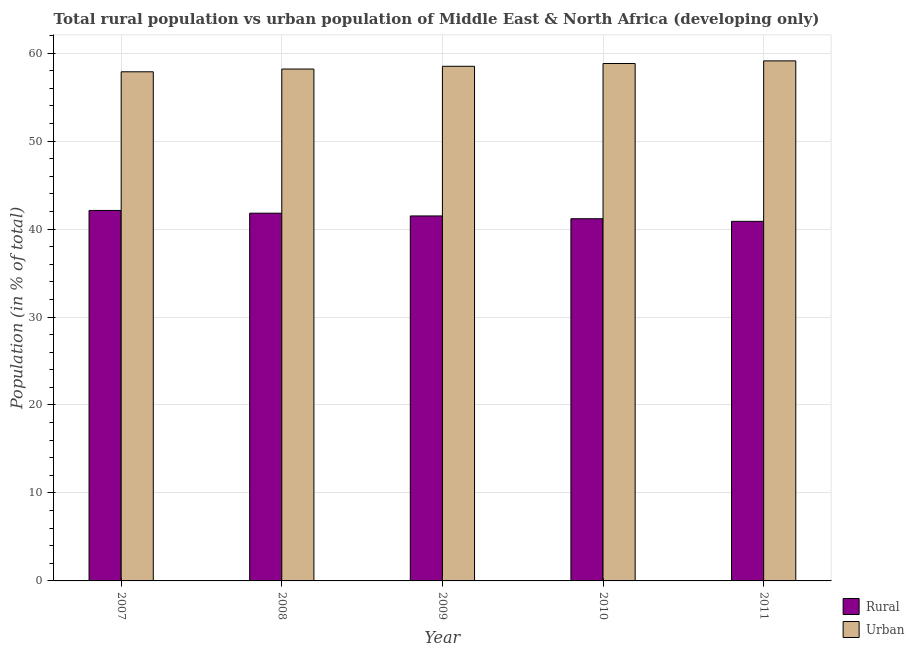
| Year | Rural | Urban |
 | --- | --- | --- |
 | 2007 | 42.1 | 57.9 |
 | 2008 | 41.8 | 58.2 |
 | 2009 | 41.5 | 58.5 |
 | 2010 | 41.2 | 58.8 |
 | 2011 | 40.9 | 59.1 |